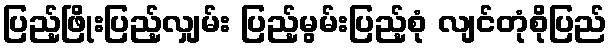
ပြည့်ဖြိုးပြည့်လျှမ်း ပြည့်မွမ်းပြည့်စုံ လျင်တုံစိုပြည်